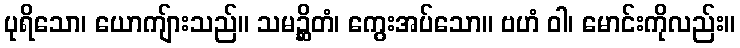
ပုရိသော၊ ယောကျ်ားသည်။ သမဉ္ဆိတံ၊ ကွေးအပ်သော။ ဗဟံ ဝါ၊ မောင်းကိုလည်း။